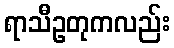
ရာသီဥတုကလည်း